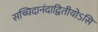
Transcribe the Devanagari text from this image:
सच्चिदानंदाद्वितीयोऽसि